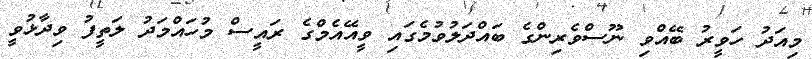
މިއަދު ހަވީރު ބޭއްވި ނޫސްވެރިންގެ ބައްދަލުވުމެގައި ވީއޭއެމްގެ ރައީސް މުހައްމަދު ލަތީފު ވިދާޅުވީ